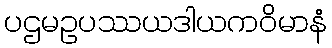
ပဌမဥပဿယဒါယကဝိမာနံ